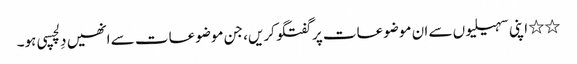
٭٭ اپنی سہیلیوں سے ان موضوعات پر گفتگو کریں، جن موضوعات سے انھیں دِلچسپی ہو۔